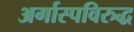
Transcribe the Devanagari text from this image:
अर्गास्पविरुद्ध